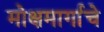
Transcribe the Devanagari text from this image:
मोक्षमार्गाचे